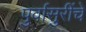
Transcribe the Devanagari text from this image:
पुर्वासुरींचे